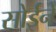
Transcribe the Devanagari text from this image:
सोईने